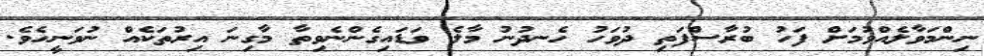
ނިންމަވާލެއްވުމަށް ފަހު ބުރާސްފަތި ދުވަހު ހެނދުނު މާލެ ވަޑައިގެންނެވިތާ މާގިނަ އިރުތަކެއް ނުވަނީހެވެ.